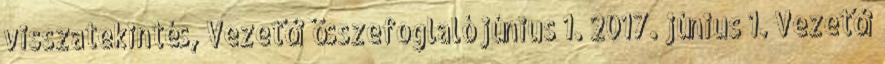
visszatekintés, Vezetői összefoglaló június 1. 2017. június 1. Vezetői